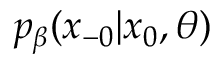
p _ { \beta } ( x _ { - 0 } | x _ { 0 } , \theta )